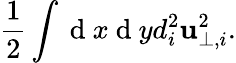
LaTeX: \frac{1}{2}\int\mathrm{~d~}x\mathrm{~d~}yd_{i}^{2}\textbf{u}_{\perp,i}^{2}.